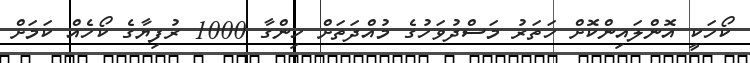
ކޯހަކީ އޮންލައިންކޮށް ހަތަރު މަސްދުވަހުގެ މުއްދަތަށް ހިންގާ 1000 ރުފިޔާގެ ކޯހެއް ކަމަށް